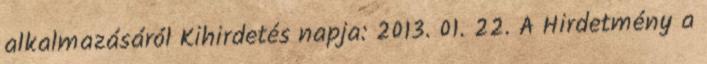
alkalmazásáról Kihirdetés napja: 2013. 01. 22. A Hirdetmény a